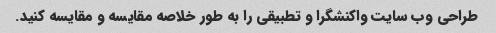
طراحی وب سایت واکنشگرا و تطبیقی را به طور خلاصه مقایسه و مقایسه کنید.